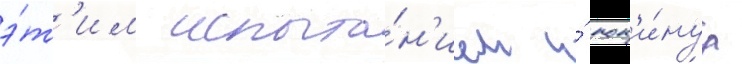
э́т'им испыта́н'ием и́ пок'и́нул